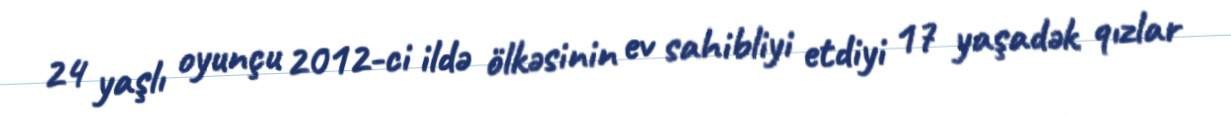
24 yaşlı oyunçu 2012-ci ildə ölkəsinin ev sahibliyi etdiyi 17 yaşadək qızlar